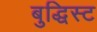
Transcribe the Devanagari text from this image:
बुद्धिस्ट